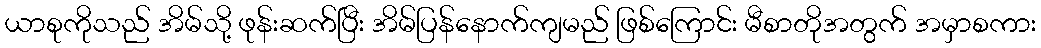
ယာစုကိုသည် အိမ်သို့ ဖုန်းဆက်ပြီး အိမ်ပြန်နောက်ကျမည် ဖြစ်ကြောင်း မီစာတိုအတွက် အမှာစကား